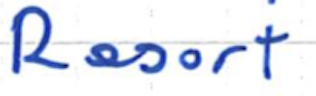
Text: Resort
Cross-out: clean
Writing tool: ballpoint